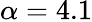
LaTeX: \alpha=4.1